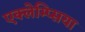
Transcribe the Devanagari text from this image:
एक्लेम्प्सिया